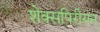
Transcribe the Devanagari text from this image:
शेक्सपिरीयन